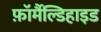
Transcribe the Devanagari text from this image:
फ़ॉर्मैल्डिहाइड